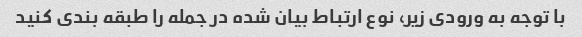
با توجه به ورودی زیر، نوع ارتباط بیان شده در جمله را طبقه بندی کنید